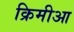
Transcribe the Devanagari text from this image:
क्रिमीआ